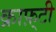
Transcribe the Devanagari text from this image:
क्राफ़्टी